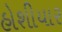
હોશીયાર